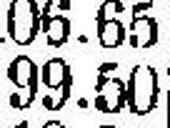
99.50